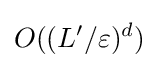
O((L'/\varepsilon )^{d})